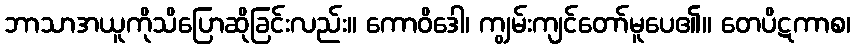
ဘာသာအယူကိုသိပြောဆိုခြင်းလည်း။ ကောဝိဒေါ၊ ကျွမ်းကျင်တော်မူပေ၏။ တေပိဋကာစ၊